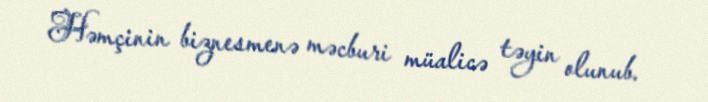
Həmçinin biznesmenə məcburi müalicə təyin olunub.